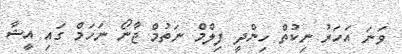
ވަނަ އަހަރު ނިކުތް ހިންދީ ފިލްމް ނަތުމް ޖާނޯ ނަހަމް ގައި އީޝާ